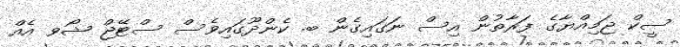
ސީކް ޖަމިއްޔާގެ ފަރާތުން އިސް ނަގައިގެން ބ. ކެންދޫގައިވެސް ސްޓޭޖް ޝޯވ އެއް